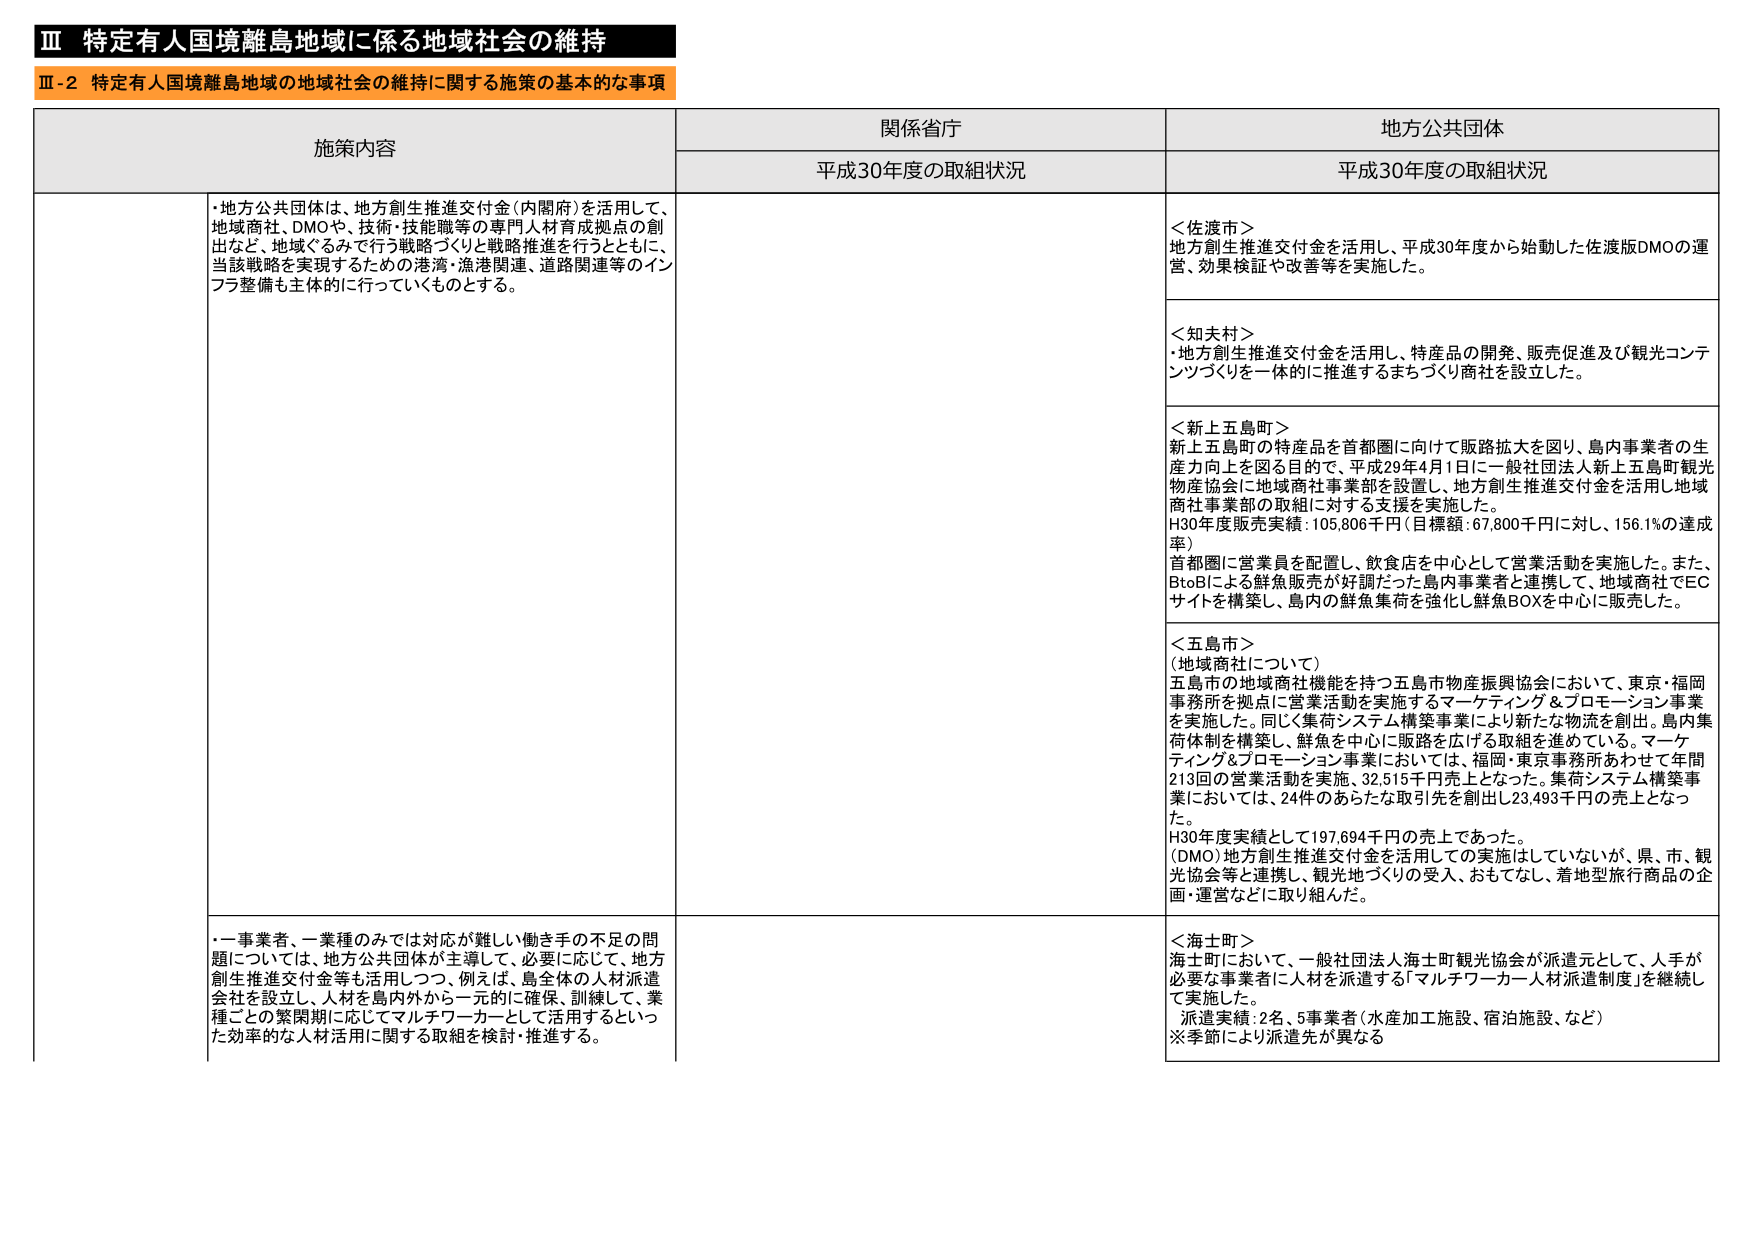
Ⅲ 特定有人国境離島地域に係る地域社会の維持
Ⅲ-2 特定有人国境離島地域の地域社会の維持に関する施策の基本的な事項

施策内容
関係省庁
地方公共団体

平成30年度の取組状況
平成30年度の取組状況

・地方公共団体は、地方創生推進交付金（内閣府）を活用して、
地域商社、DMOや、技術・技能職等の専門人材育成拠点の創出など、地域ぐるみで行う戦略づくりと戦略推進を行うとともに、
当該戦略を実現するための港湾・漁港関連、道路関連等のインフラ整備も主体的に行っていくものとする。

＜佐渡市＞
地方創生推進交付金を活用し、平成30年度から始動した佐渡版DMOの運営、効果検証や改善等を実施した。

＜知夫村＞
・地方創生推進交付金を活用し、特産品の開発、販売促進及び観光コンテンツづくりを一体的に推進するまちづくり商社を設立した。

＜新上五島町＞
新上五島町の特産品を首都圏に向けて販路拡大を図り、島内事業者の生産力向上を図る目的で、平成29年4月1日に一般社団法人新上五島町観光物産協会に地域商社事業部を設置し、地方創生推進交付金を活用し地域商社事業部の取組に対する支援を実施した。
H30年度販売実績：105,806千円（目標額：67,800千円に対し、156.1％の達成率）
首都圏に営業員を配置し、飲食店を中心として営業活動を実施した。また、BtoBによる鮮魚販売が好調だった島内事業者と連携して、地域商社でECサイトを構築し、島内の鮮魚集荷を強化し鮮魚BOXを中心に販売した。

＜五島市＞
（地域商社について）
五島市の地域商社機能を持つ五島市物産振興協会において、東京・福岡事務所を拠点に営業活動を実施するマーケティング＆プロモーション事業を実施した。同じく集荷システム構築事業により新たな物流を創出。島内集荷体制を構築し、鮮魚を中心に販路を広げる取組を進めている。マーケティング＆プロモーション事業においては、福岡・東京事務所あわせて年間213回の営業活動を実施、32,515千円売上となった。集荷システム構築事業においては、24件のあらたな取引先を創出し23,493千円の売上となった。
H30年度実績として197,694千円の売上であった。
（DMO）地方創生推進交付金を活用しての実施はしていないが、県、市、観光協会等と連携し、観光地づくりの受入、おもてなし、着地型旅行商品の企画・運営などに取り組んだ。

・一事業者、一業種のみでは対応が難しい働き手の不足の問題については、地方公共団体が主導して、必要に応じて、地方創生推進交付金等も活用しつつ、例えば、島全体の人材派遣会社を設立し、人材を島内外から一元的に確保、訓練して、業種ごとの繁忙期に応じてマルチワーカーとして活用するといった効率的な人材活用に関する取組を検討・推進する。

＜海士町＞
海士町において、一般社団法人海士町観光協会が派遣元として、人手が必要な事業者に人材を派遣する「マルチワーカー人材派遣制度」を継続して実施した。
派遣実績：2名、5事業者（水産加工施設、宿泊施設、など）
※季節により派遣先が異なる